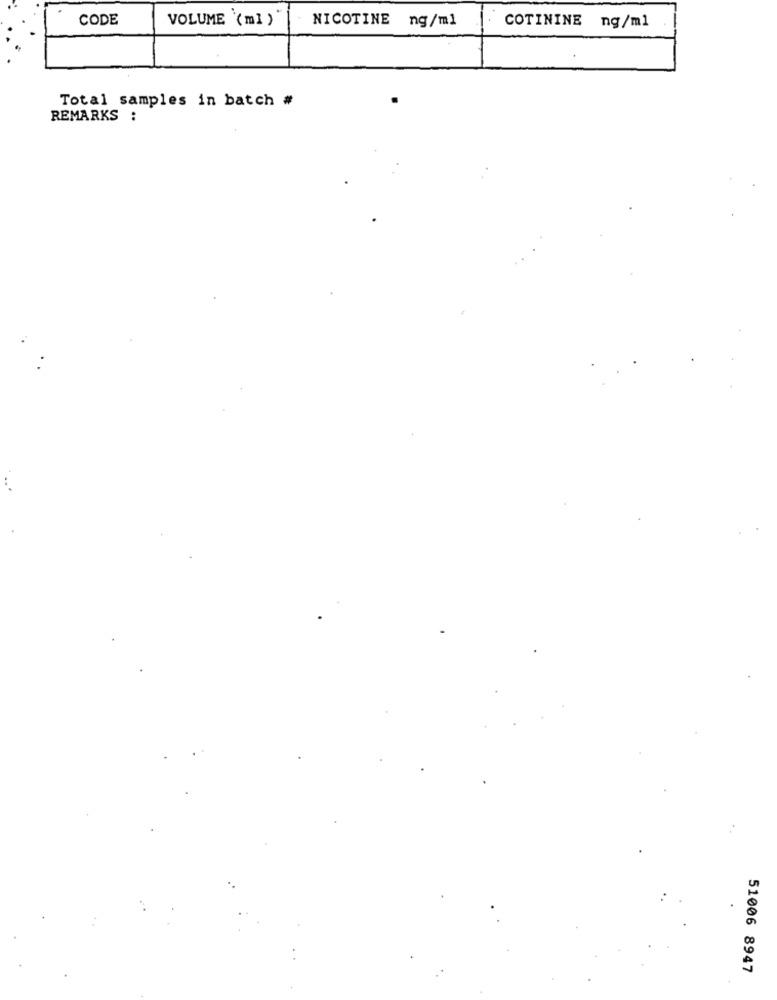
CODE
VOLUME (ml )"
NICOTINE ng/ml
COTININE ng/ml
Total samples in batch #
REMARKS :
51006 8947